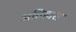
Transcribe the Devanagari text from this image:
अतिहास